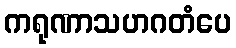
ကရုဏာသဟဂတံပေ